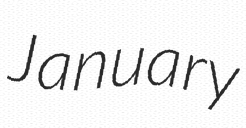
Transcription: January